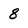
Character: 8